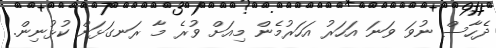
ދެހާސް ނުވަ ވަނަ އަހަރު އަހަރުމެން މިއަށް ވުރެ މާ ރަނގަޅަށް ކުޅުނިން.